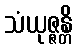
သံယုဇ္ဇန္တိ